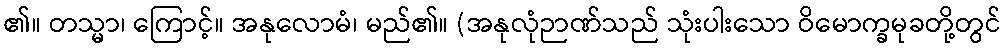
၏။ တသ္မာ၊ ကြောင့်။ အနုလောမံ၊ မည်၏။ (အနုလုံဉာဏ်သည် သုံးပါးသော ဝိမောက္ခမုခတို့တွင်